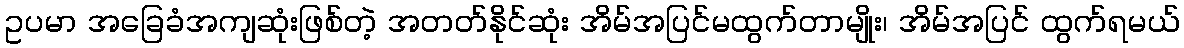
ဥပမာ အခြေခံအကျဆုံးဖြစ်တဲ့ အတတ်နိုင်ဆုံး အိမ်အပြင်မထွက်တာမျိုး၊ အိမ်အပြင် ထွက်ရမယ်